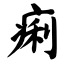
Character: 痢